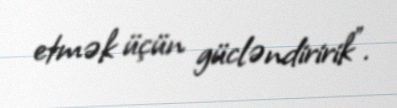
etmək üçün gücləndiririk”.